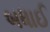
બધાઈ